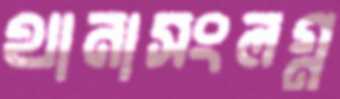
থানাসংলগ্ন